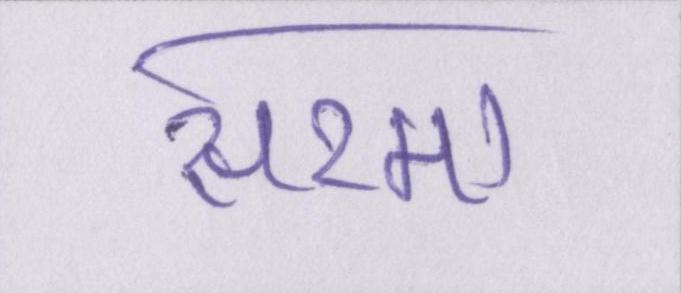
सरमा